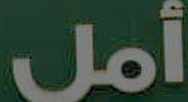
أمل